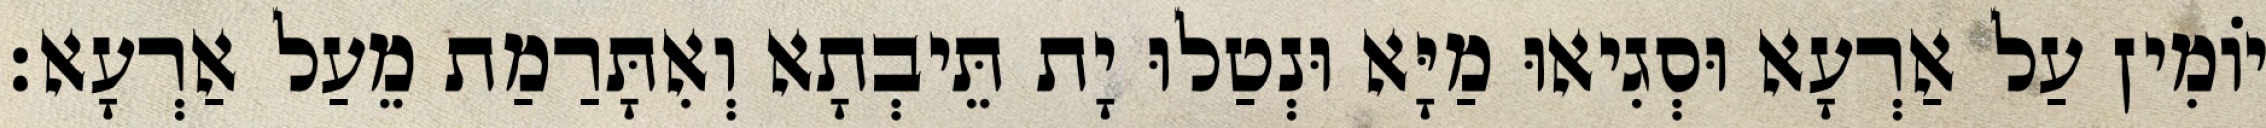
יוֹמִין עַל אַרְעָא וּסְגִיאוּ מַיָּא וּנְטַלוּ יָת תֵּיבְתָא וְאִתָּרַמַת מֵעַל אַרְעָא׃